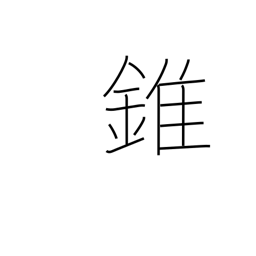
Meaning: cone